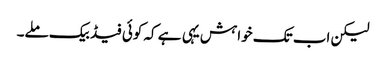
لیکن اب تک خواہش یہی ہے کہ کوئی فیڈ بیک ملے۔